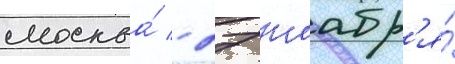
москва́ - 27 ноабр'я́